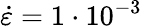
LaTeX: \dot{\varepsilon}=1\cdot 10^{-3}